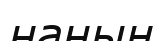
наның